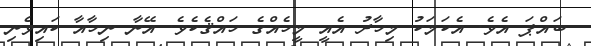
ބައްޕަ އެވެ. އެކަމަކު މިހާރު އެއީ މީހެއްގެ ހައްޤެކެވެ. އޭނާ ނިހާއާ ކައިވެނި